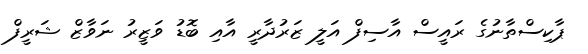
ޕާކިސްތާނުގެ ރައީސް އާސިފް އަލީ ޒަރުދާރީ އާއި ބޮޑު ވަޒީރު ނަވާޒް ޝަރީފް